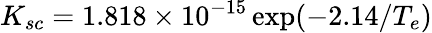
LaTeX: K_{sc}=1.818\times 10^{-15}\exp({-2.14/T_{e}})